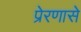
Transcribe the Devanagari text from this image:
प्रेरणासे